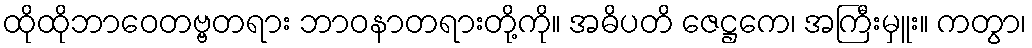
ထိုထိုဘာဝေတဗ္ဗတရား ဘာဝနာတရားတို့ကို။ အဓိပတိ ဇေဋ္ဌကေ၊ အကြီးမှူး။ ကတွာ၊